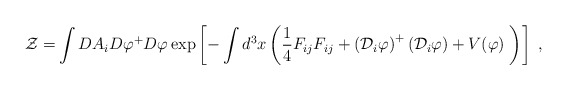
\begin{align*}\mathcal{Z=}\int DA_{i}D\varphi ^{+}D\varphi \exp \left[ -\int d^{3}x\left( \frac{1}{4}F_{ij}F_{ij}+\left( \mathcal{D}_{i}{\varphi }\right) ^{+}\left( \mathcal{D}_{i}{\varphi }\right) +V(\varphi )\;\right) \right] \;,\end{align*}